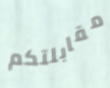
مقابلتكم